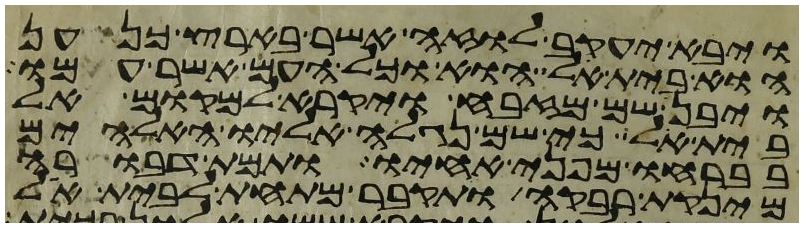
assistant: ויבא יעקב לוזה אשר בארץ כנען
הוא בית אל הוא וכל העם אשר עמו
ויבן שם מזבח ויקרא למקום אל
בית אל כי שם נגלה אליו האלהים
בברחו מפני אחיו ותמת דבורה
מינקת רבקה ותקבר מתחת לבית אל